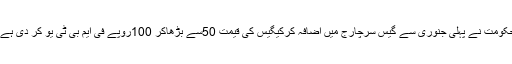
حکومت نے پہلی جنوری سے گیس سرچارج میں اضافہ کرکیگیس کی قیمت 50سے بڑھاکر 100روپے فی ایم بی ٹی یو کر دی ہے ۔